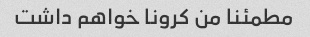
مطمئنا من کرونا خواهم داشت